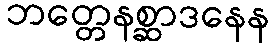
ဘတ္တေနစ္ဆာဒနေန